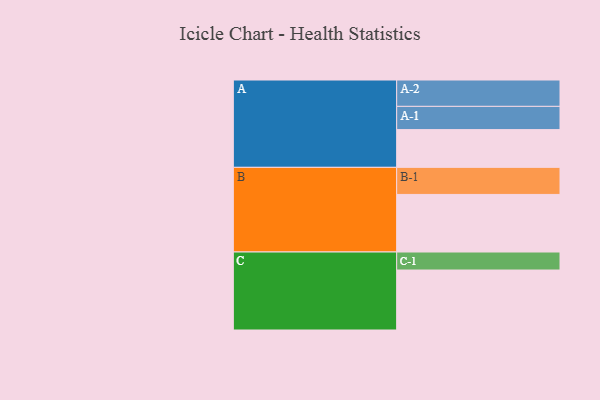
{"axis": {"x": "Segment", "y": "Value"}, "legend": ["", "A", "B", "C"], "data": [{"x": "A", "y": 375, "type": ""}, {"x": "B", "y": 572, "type": ""}, {"x": "C", "y": 596, "type": ""}, {"x": "A-1", "y": 231, "type": "A"}, {"x": "A-2", "y": 262, "type": "A"}, {"x": "B-1", "y": 269, "type": "B"}, {"x": "C-1", "y": 179, "type": "C"}]}